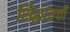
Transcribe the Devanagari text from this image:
सिद्धांतची